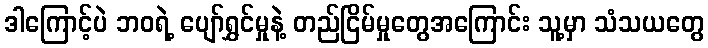
ဒါကြောင့်ပဲ ဘဝရဲ့ ပျော်ရွှင်မှုနဲ့ တည်ငြိမ်မှုတွေအကြောင်း သူ့မှာ သံသယတွေ